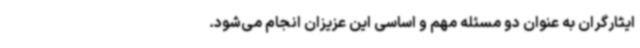
ایثارگران به عنوان دو مسئله مهم و اساسی این عزیزان انجام می‌شود.